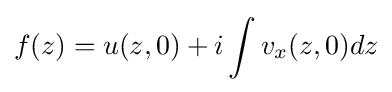
f(z)=u(z,0)+i\int v_{x}(z,0)dz